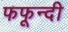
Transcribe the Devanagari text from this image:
फफून्दी